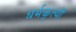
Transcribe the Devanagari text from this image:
धर्मकृत्यों